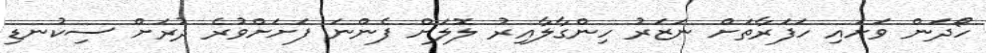
ހޯދަން ވަށައި ހަފަރާތަށް ނަޒަރު ހިންގާލާއިރު ލޮލަށް ފެންނަ ފަށަށްވުރެ ދުރަށް ސިކުނޑި